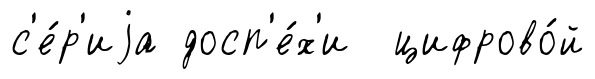
с'е́р'иjа досп'е́х'и цифрово́й